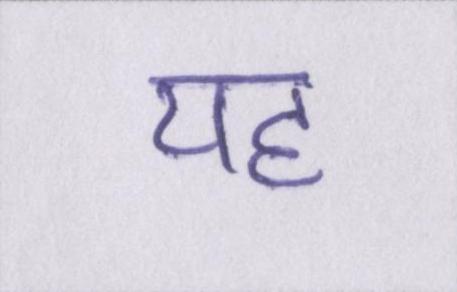
यह